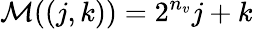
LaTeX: \mathcal{M}((j,k))=2^{n_{v}}j+k